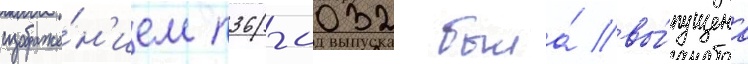
изображе́н'ием п36-0032 была́ вы́пущена